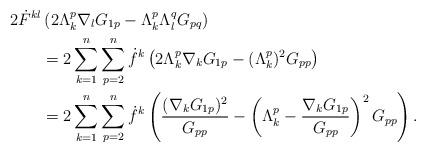
LaTeX: \begin{align*} 2\dot{F}^{kl}&\left(2\Lambda_k^p\nabla_lG_{1p}-\Lambda_k^p\Lambda_l^qG_{pq}\right) \\ &=2\sum_{k=1}^n\sum_{p=2}^n\dot{f}^k\left(2\Lambda_k^p\nabla_kG_{1p}-(\Lambda_k^p)^2G_{pp}\right)\\ &=2 \sum_{k=1}^n\sum_{p=2}^n\dot{f}^k\left(\frac{(\nabla_kG_{1p})^2}{G_{pp}}-\left(\Lambda_k^p-\frac{\nabla_kG_{1p}}{G_{pp}}\right)^2G_{pp}\right).\end{align*}